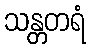
သန္တတရံ